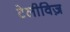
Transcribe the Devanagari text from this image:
टेलीविज़